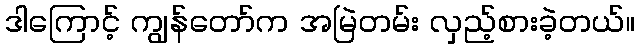
ဒါကြောင့် ကျွန်တော်က အမြဲတမ်း လှည့်စားခဲ့တယ်။